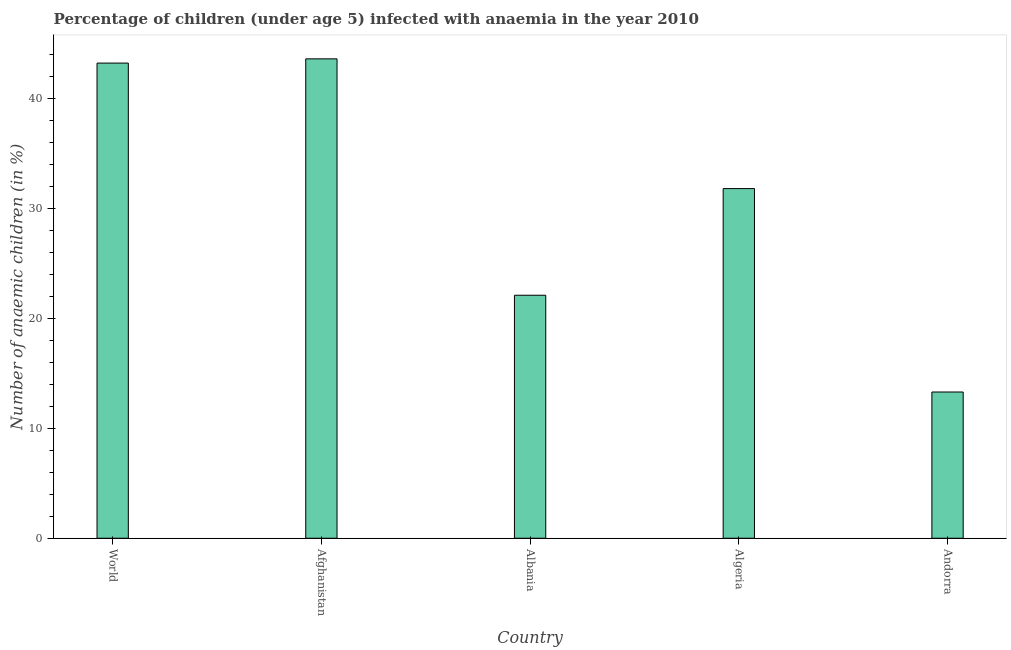
| Country | Prevalence of anemia among children |
 | --- | --- |
 | World | 43.2 |
 | Afghanistan | 43.6 |
 | Albania | 22.1 |
 | Algeria | 31.8 |
 | Andorra | 13.3 |